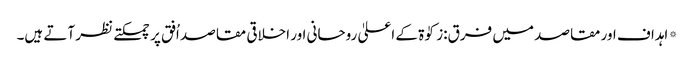
* اہداف اور مقاصد میں فرق:زکوٰۃ کے اعلیٰ روحانی اور اخلاقی مقاصد اُفق پر چمکتے نظر آتے ہیں۔